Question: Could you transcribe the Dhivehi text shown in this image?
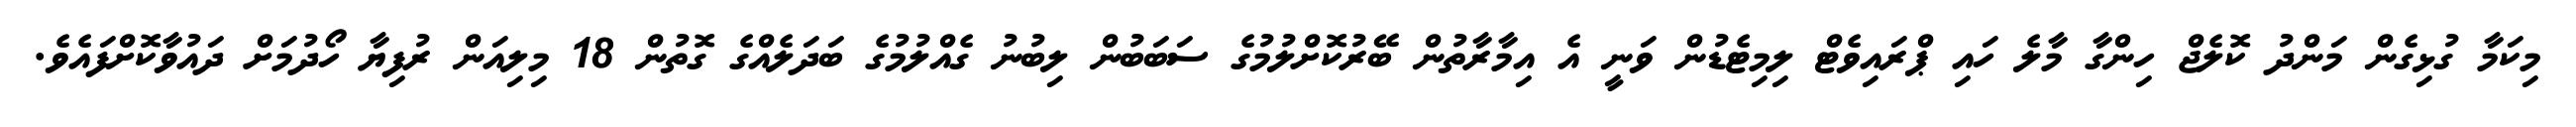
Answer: މިކަމާ ގުޅިގެން މަންދު ކޮލެޖް ހިންގާ މާލެ ހައި ޕްރައިވެޓް ލިމިޓެޑުން ވަނީ އެ އިމާރާތުން ބޭރުކޮށްލުމުގެ ސަބަބުން ލިބުނު ގެއްލުމުގެ ބަދަލެއްގެ ގޮތުން 18 މިލިއަން ރުފިޔާ ހޯދުމަށް ދައުވާކޮށްފައެވެ.